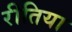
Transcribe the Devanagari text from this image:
रीतिया